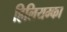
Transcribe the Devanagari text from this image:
हिलियम्का